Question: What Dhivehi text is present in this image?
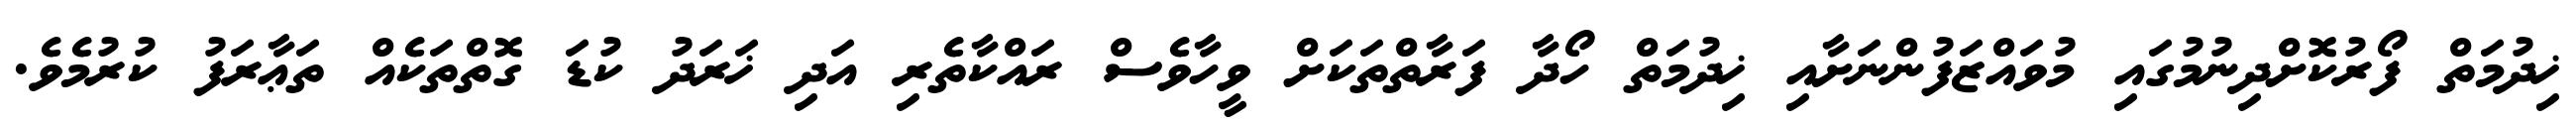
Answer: ޚިދުމަތް ފޯރުކޮށްދިނުމުގައި މުވައްޒަފުންނަށާއި ޚިދުމަތް ހޯދާ ފަރާތްތަކަށް ވީހާވެސް ރައްކާތެރި އަދި ޚަރަދު ކުޑަ ގޮތްތަކެއް ތަޢާރަފު ކުރުމެވެ.